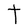
Character: T